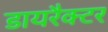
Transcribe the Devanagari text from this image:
डायरैक्टर